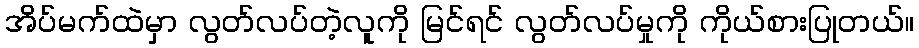
အိပ်မက်ထဲမှာ လွတ်လပ်တဲ့လူကို မြင်ရင် လွတ်လပ်မှုကို ကိုယ်စားပြုတယ်။